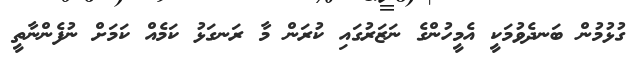
ގުޅުމުން ބަނދެވުމަކީ އެމީހުންގެ ނަޒަރުގައި ކުރަން މާ ރަނގަޅު ކަމެއް ކަމަށް ނުފެންނާތީ